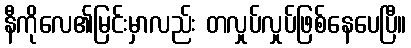
နီကိုလေ၏မြင်းမှာလည်း တလှုပ်လှုပ်ဖြစ်နေပေပြီ။